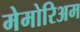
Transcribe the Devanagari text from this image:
मेमोरिअम